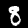
Digit: 8